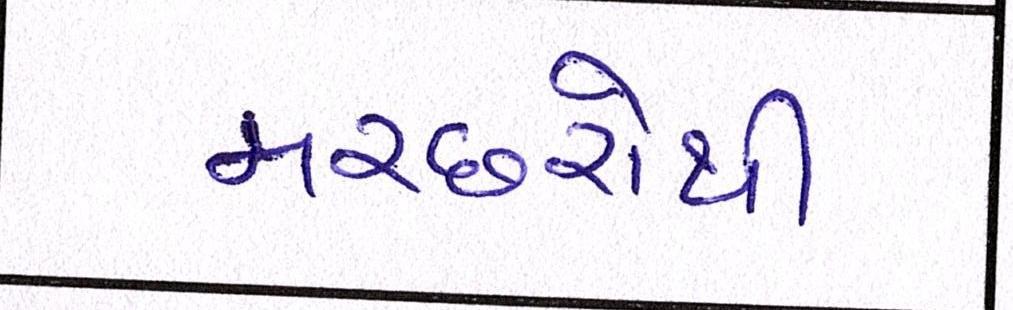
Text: મચ્છરોથી